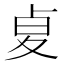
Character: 𠧫